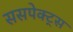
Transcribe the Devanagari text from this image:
ससपेक्ट्स